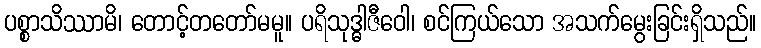
ပစ္စာသိဿာမိ၊ တောင့်တတော်မမူ။ ပရိသုဒ္ဓါဇီဝေါ၊ စင်ကြယ်သော အသက်မွေးခြင်းရှိသည်။